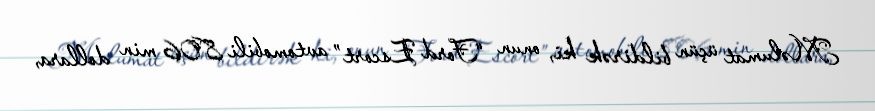
Məlumat üçün bildirək ki, onun “Ford Escort” avtomobili 806 min dollara,